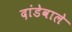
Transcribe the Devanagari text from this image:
दांडेवाले